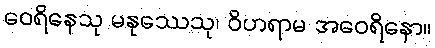
ဝေရိနေသု မနုဿေသု၊ ဝိဟရာမ အဝေရိနော။